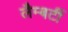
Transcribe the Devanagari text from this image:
लैम्बर्टी